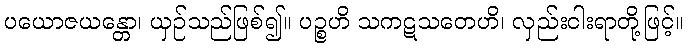
ပယောဇယန္တော၊ ယှဉ်သည်ဖြစ်၍။ ပဉ္စဟိ သကဋသတေဟိ၊ လှည်းငါးရာတို့ဖြင့်။